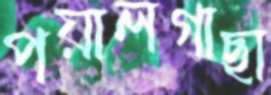
পয়ালগাছা